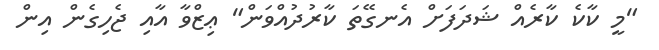
"މީ ކާކެ ކާރެއް ޝަދަފަށް އެނގޭތަ ކާރުދުއްވަން" ޢިޒްވާ އާއި ޖެހިގެން އިން